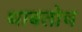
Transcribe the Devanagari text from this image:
थाबतोच